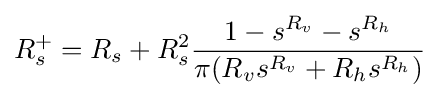
R_{s}^{+}=R_{s}+R_{s}^{2}{\frac {1-s^{R_{v}}-s^{R_{h}}}{\pi (R_{v}s^{R_{v}}+R_{h}s^{R_{h}})}}